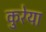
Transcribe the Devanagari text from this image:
कुरेया